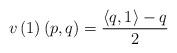
LaTeX: \begin{align*}v\left(1\right)\left(p,q\right)=\frac{\left<q,1\right>-q}{2}\end{align*}